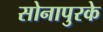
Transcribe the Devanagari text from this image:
सोनापुरके